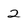
Character: 2